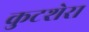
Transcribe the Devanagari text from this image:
कुटशेरा